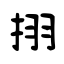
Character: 挧